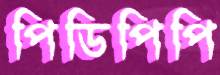
পিডিপিপি